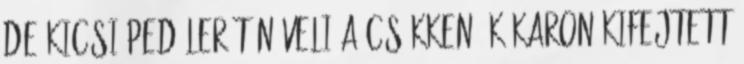
de kicsi pedálerőt növeli a csökkenő k karon kifejtett